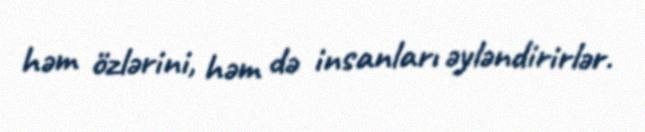
həm özlərini, həm də insanları əyləndirirlər.